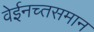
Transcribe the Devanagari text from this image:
वेईनच्तसमान